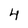
Character: 4